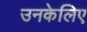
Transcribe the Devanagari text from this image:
उनकेलिए